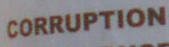
CORRUPTION